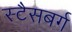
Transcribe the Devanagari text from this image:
स्टैसबर्ग